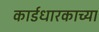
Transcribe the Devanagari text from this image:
कार्डधारकाच्या